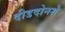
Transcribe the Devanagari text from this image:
दीडदोनशे